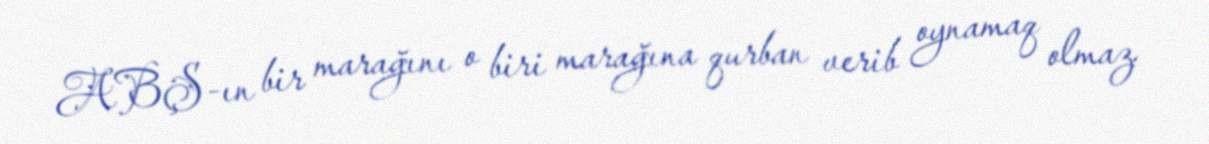
ABŞ-ın bir marağını o biri marağına qurban verib oynamaq olmaz.